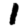
Digit: 1